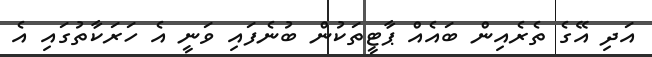
އަދި އޭގެ ތެރެއިން ބައެއް ޕާޓީތަކުން ބުނެފައި ވަނީ އެ ހަރަކާތުގައި އެ